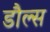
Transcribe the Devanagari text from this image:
डौल्स